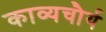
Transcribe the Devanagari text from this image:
काव्यचौर्य